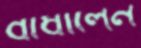
বাধালেন